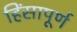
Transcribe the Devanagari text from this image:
हिंसापूर्ण